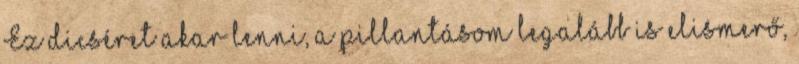
Ez dicséret akar lenni, a pillantásom legalább is elismerő,